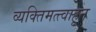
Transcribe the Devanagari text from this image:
व्यक्तिमत्त्वाहून